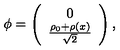
{ \phi } = \left( \begin{array} { c l } { 0 } \\ { \frac { \rho _ { 0 } + \rho ( x ) } { \sqrt { 2 } } } \\ \end{array} \right) ,